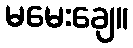
မမေးချေ။